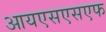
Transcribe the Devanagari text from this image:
आयएसएसएफ